Eestimaa_Kommunistliku_Partei_Keskkomitee, lk 93
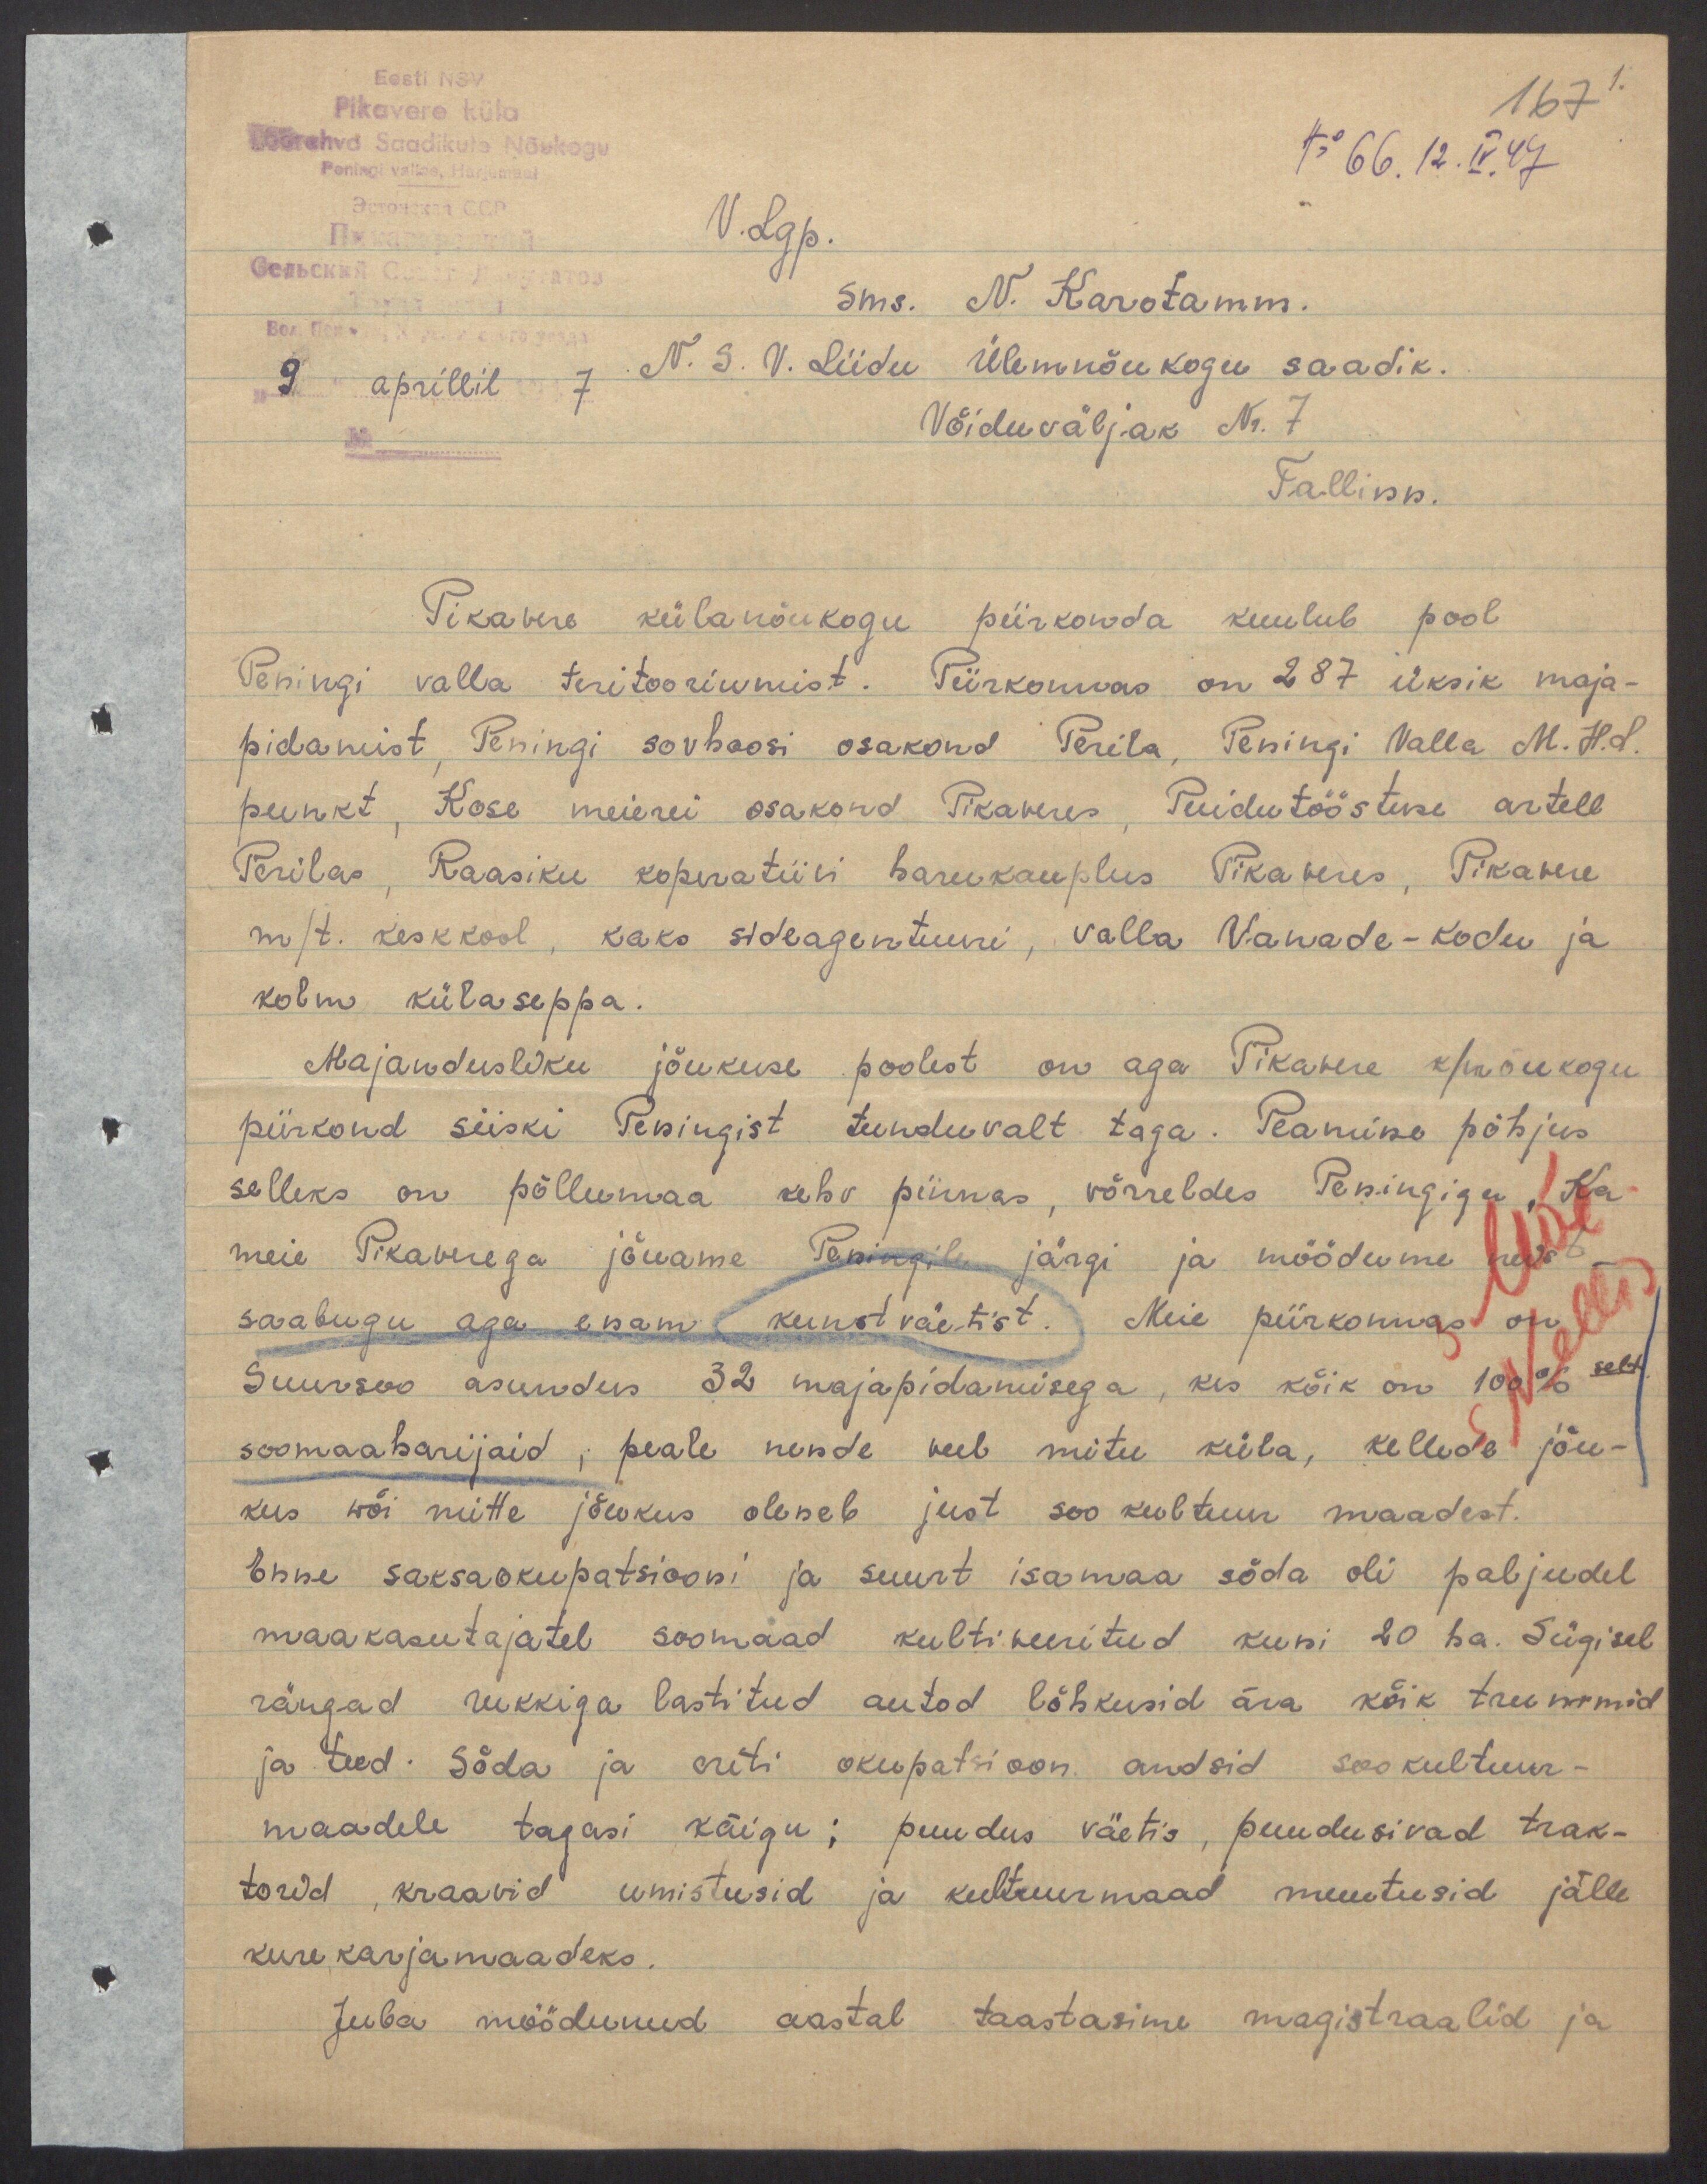
Eesti NSV
167 1.
Pikavere küla
Töörahva Saadikule Nõukogu
Peningi vallas, Harjumaal
No 66. 12.IV.47
V.Lgp.
Sms. N. Karotamm.
9" aprillil 1947
N. S. V. Liidu ülemnõukogu saadik.
Võiduväljak Nr. 7
Tallinn.
Pikavere külanõukogu piirkonda kuulub pool
Peningi valla teritooriumist. Piirkonnas on 287 üksik maja-
pidamist, Peningi sovhoosi osakond Perila, Peningi Valla M.H.L.
punkt. Kose meierei osakond Pikaveres, Puidutööstuse artell
Perilas, Raasiku koperatiivi harukauplus Pikaveres, Pikavere
m/t. keskkool., kaks sideagentuuri, valla Vanade-kodu ja
kolm külaseppa.
Majandusliku jõukuse poolest on aga Pikavere k/nõukogu
piirkond siiski Peningist tunduvalt taga. Peamine põhjus
selleks on põllumaa kehv pinnas, võrreldes Peningiga, Ka
meie Pikaverega jõuame Peningile järgi ja möödume neist -
saabugu aga enam kunstväetist. Meie piirkonnas on
Suursoo asundus 32 majapidamisega, kes kõik on 100% selt
soomaaharijaid, peale nende veel mitu küla, kellede jõu-
kus wõi mitte jõukus oleneb just soo kultuur maadest.
Enne saksaokupatsiooni ja suurt isamaa sõda oli paljudel
maakasutajatel soomaad kultiveeritud kuni 20 ha. Sügisel
rängad rukkiga lastitud autod lõhkusid ära kõik trummid
ja teed. Sõda ja eriti okupatsioon andsid sookultuur-
maadele tagasi käigu; puudus väetis, puudusivad trak-
torid, kraavid umistusid ja kultuurmaad muutusid jälle
kure karjamaadeks.
Juba möödunud aastal taastasime magistraalid ja